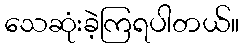
သေဆုံးခဲ့ကြရပါတယ်။